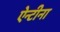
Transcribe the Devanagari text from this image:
ऐन्टीना